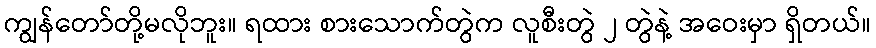
ကျွန်တော်တို့မလိုဘူး။ ရထား စားသောက်တွဲက လူစီးတွဲ ၂ တွဲနဲ့ အဝေးမှာ ရှိတယ်။